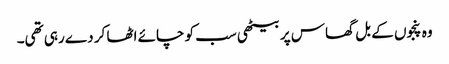
وہ پنجوں کے بل گھاس پر بیٹھی سب کو چائے اٹھا کر دے رہی تھی۔